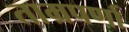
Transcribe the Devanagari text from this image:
ताम्रपर्णा